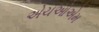
એચઓએમ